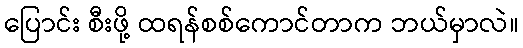
ပြောင်း စီးဖို့ ထရန်စစ်ကောင်တာက ဘယ်မှာလဲ။